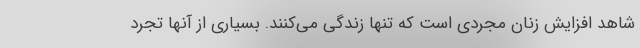
شاهد افزایش زنان مجردی است که تنها زندگی می‌کنند. بسیاری از آنها تجرد